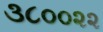
૩૮૦૦૨૨